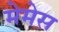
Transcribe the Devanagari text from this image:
मेमेस